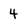
Character: 4